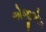
એજીએમ